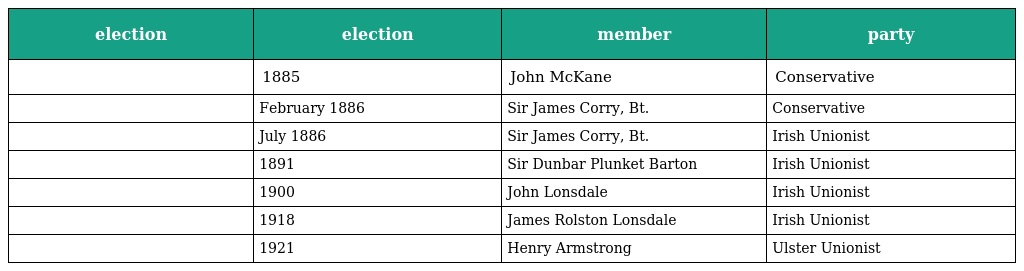
| election | election | member | party |
 | --- | --- | --- | --- |
 |  | 1885 | John McKane | Conservative |
 |  | February 1886 | Sir James Corry, Bt. | Conservative |
 |  | July 1886 | Sir James Corry, Bt. | Irish Unionist |
 |  | 1891 | Sir Dunbar Plunket Barton | Irish Unionist |
 |  | 1900 | John Lonsdale | Irish Unionist |
 |  | 1918 | James Rolston Lonsdale | Irish Unionist |
 |  | 1921 | Henry Armstrong | Ulster Unionist |